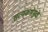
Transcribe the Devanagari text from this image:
सत्यकथेमुळे